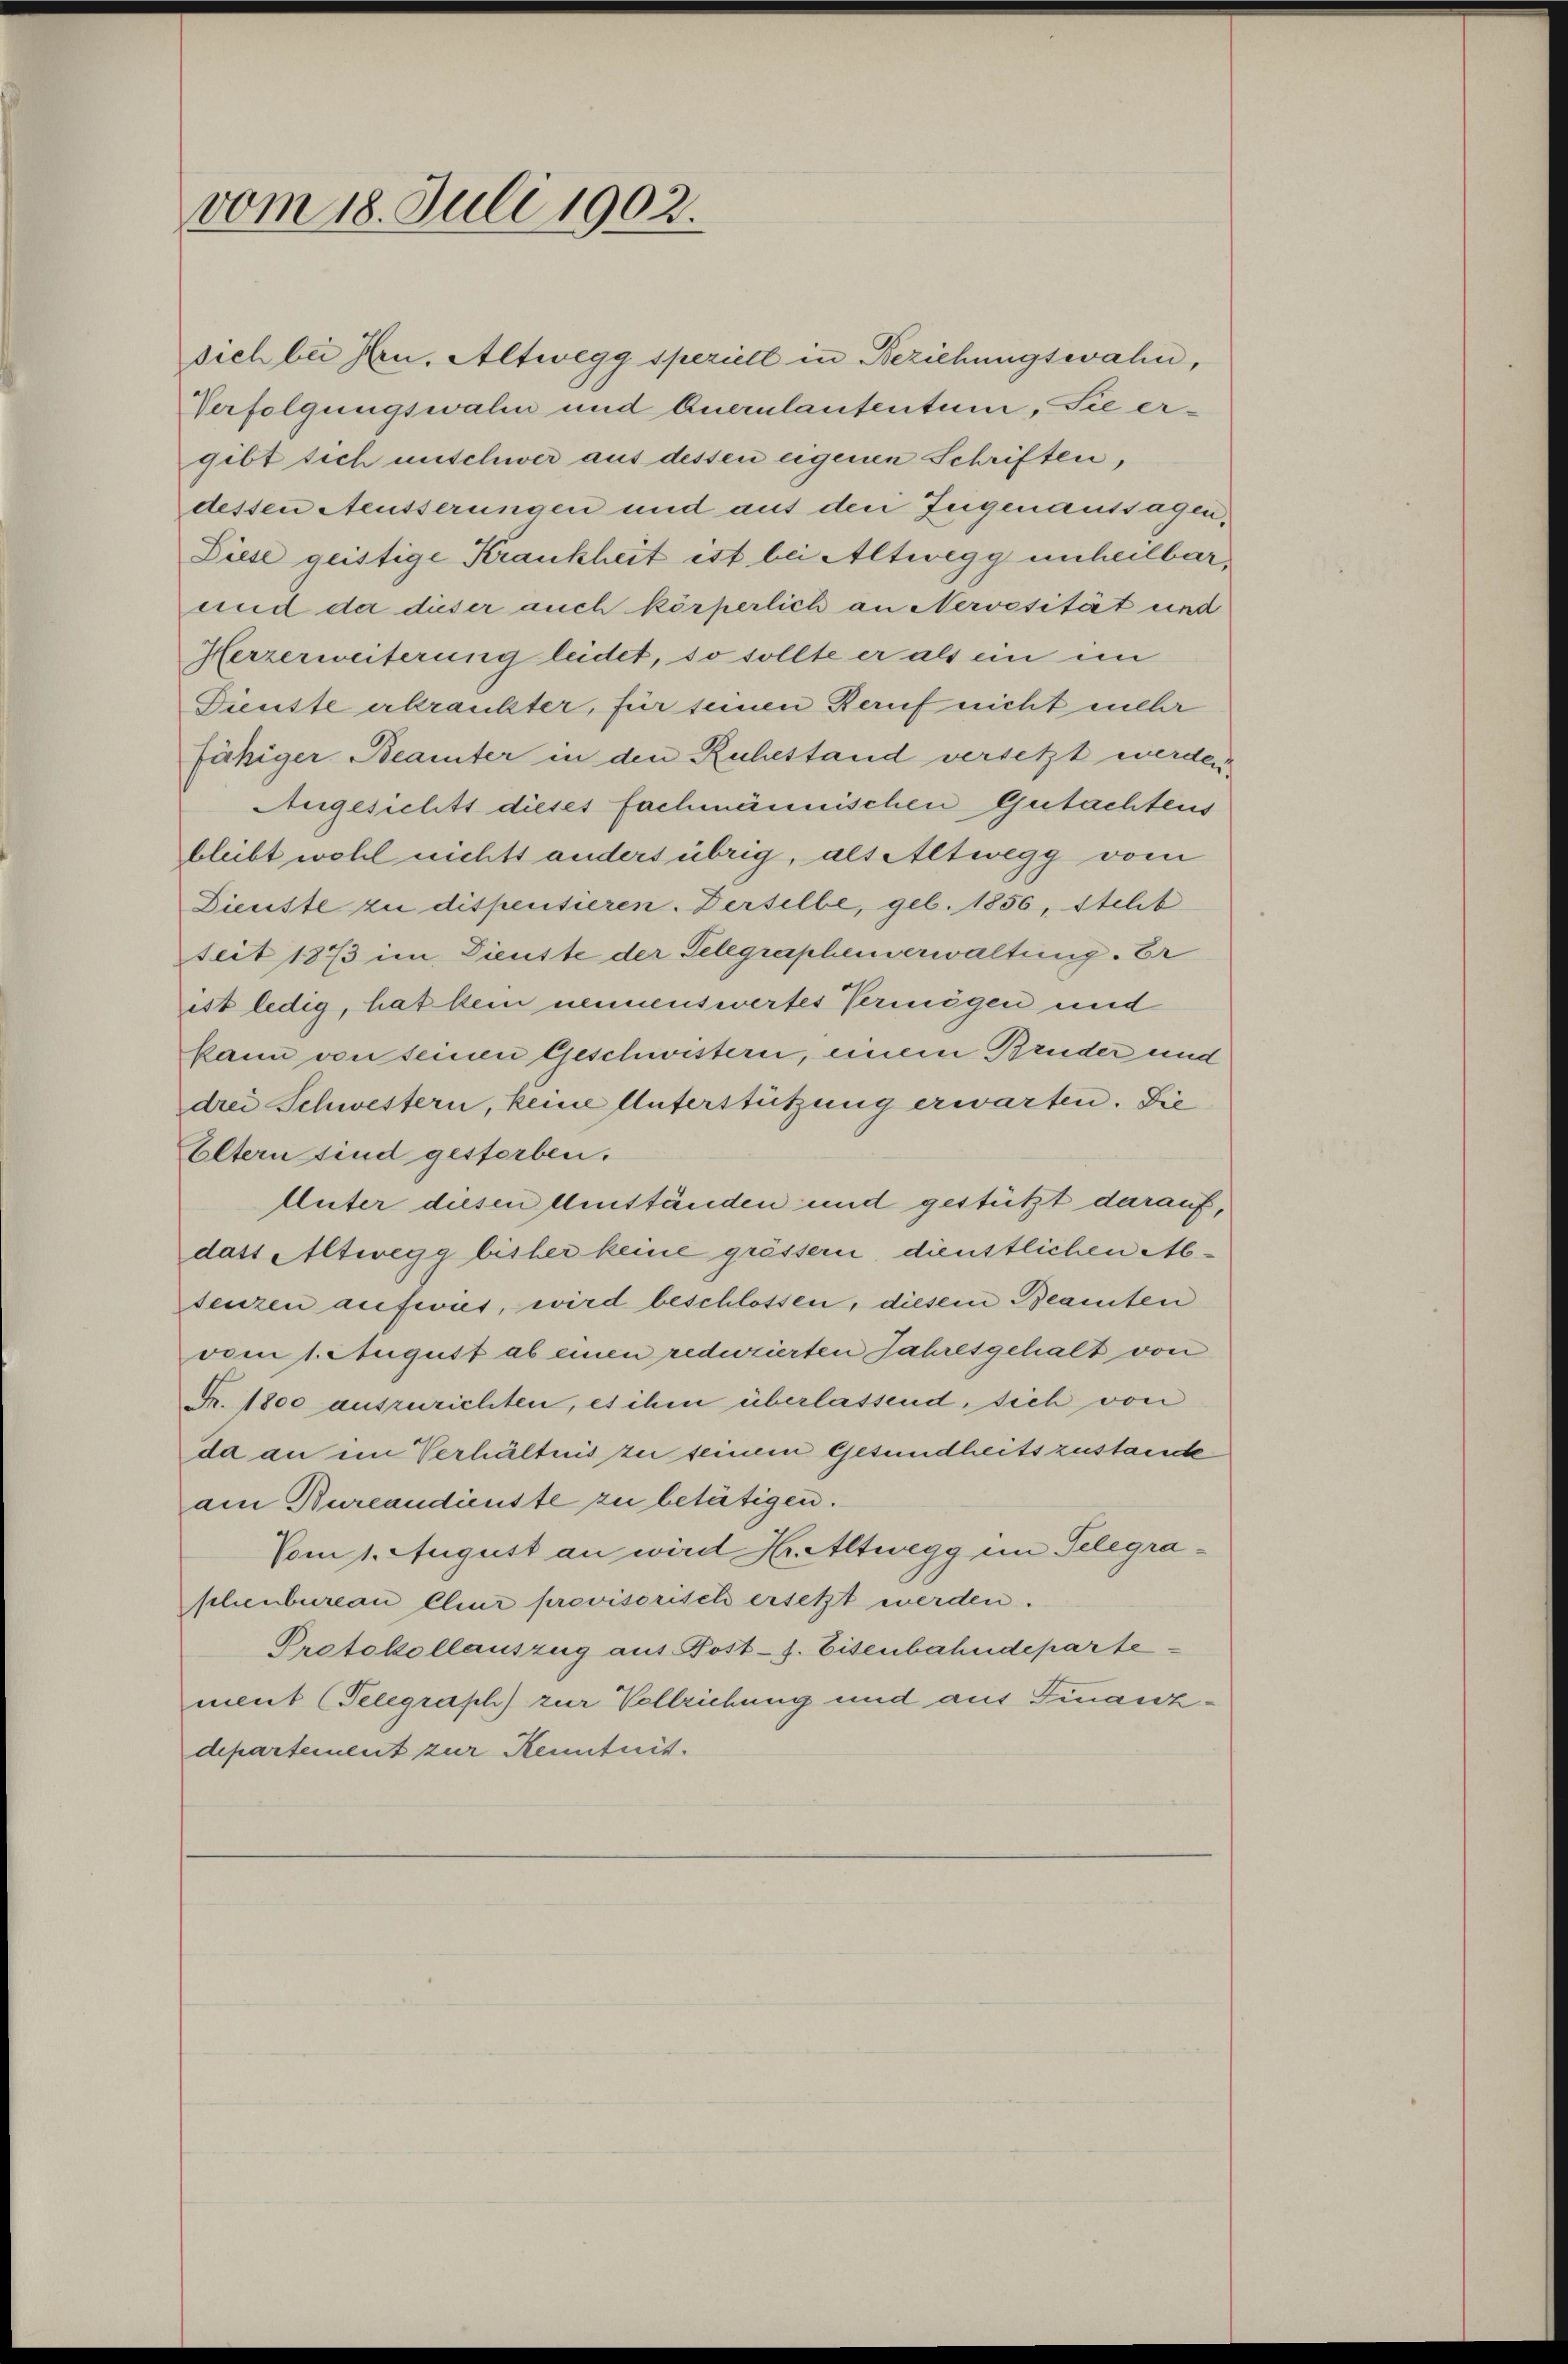
sich bei Hrn. Altwegg speziell in Beziehungswahn,
Verfolgungswahn und Querulantentum, Sie ergibt sich unschwer aus dessen eigenen Schriften,
dessen Aeusserungen und aus den Jugenaussagen,
Diese geistige Krankheit ist bei Altwegg unheilbar
und da dieser auch körperlich an Nervosität und
Herzerweiterung leidet, so sollte er als ein im
Dienste erkrankter, für seinen Beruf nicht mehr
fähiger Beamter in den Ruhestand versetzt werden,
Angesichts dieses fachmännischen Gutachtens
bleibt wohl nichts anders übrig, als Altwegg vom
Dienste zu dispensieren. Derselbe, geb. 1850, stelib
seit 1873 im Dienste der Telegraphenverwaltung. Er
ist ledig, hat kein nennenswertes Vermögen und
kann von seinen Geschwestern, einem Bruder und
drei Schwestern, keine Unterstützung erwarten. Sie
Eltern sind gestorben.
Uuter diesen Umständen und gestützt darauf,
dass Altwegg bisher keine grössern, dienstlichen Abfenzen aufwies, wird beschlossen, diesem Beamten
vom 1. August ab einen reduzierten Jahresgehalt von
Fr. 1800 auszurichten, es ihm überlassend, sich von
da an im Verhältnis zu seinem Gesundheitszustande
am Burcandienste zu betätigen.
Vom 1. August an wird Hr. Altwegg im Telegraschenbureau Chur provisorisch ersetzt werden.
Protokollauszug aus Post- J. Eisenbahndeparte
ment (Telegraph) zur Vollziehung und aus Finanzdepartement zur Kenntnis.

vom 18. Juli 1902.